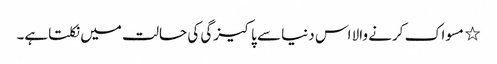
٭ مسواک کرنے والا اس دنیا سے پاکیزگی کی حالت میں نکلتاہے۔